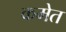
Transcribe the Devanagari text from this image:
कमेत